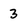
Character: 3